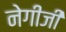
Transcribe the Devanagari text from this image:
नेगीजी